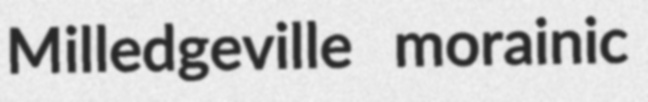
Milledgeville morainic